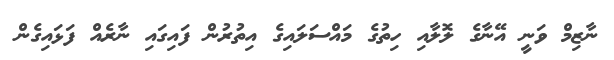
ނާޒިމް ވަނީ އޭނާގެ ލޮލާއި ހިތުގެ މައްސަލައިގެ އިތުރުން ފައިގައި ނާރެއް ފަޅައިގެން